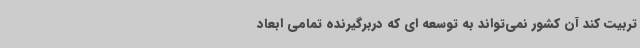
تربیت کند آن کشور نمی‌تواند به توسعه ای که دربرگیرنده تمامی ابعاد